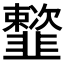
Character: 𩐒